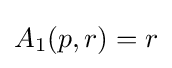
A_{1}(p,r)=r